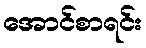
အောင်စာရင်း